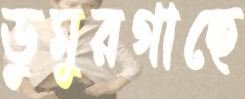
ডুমুরগাছে